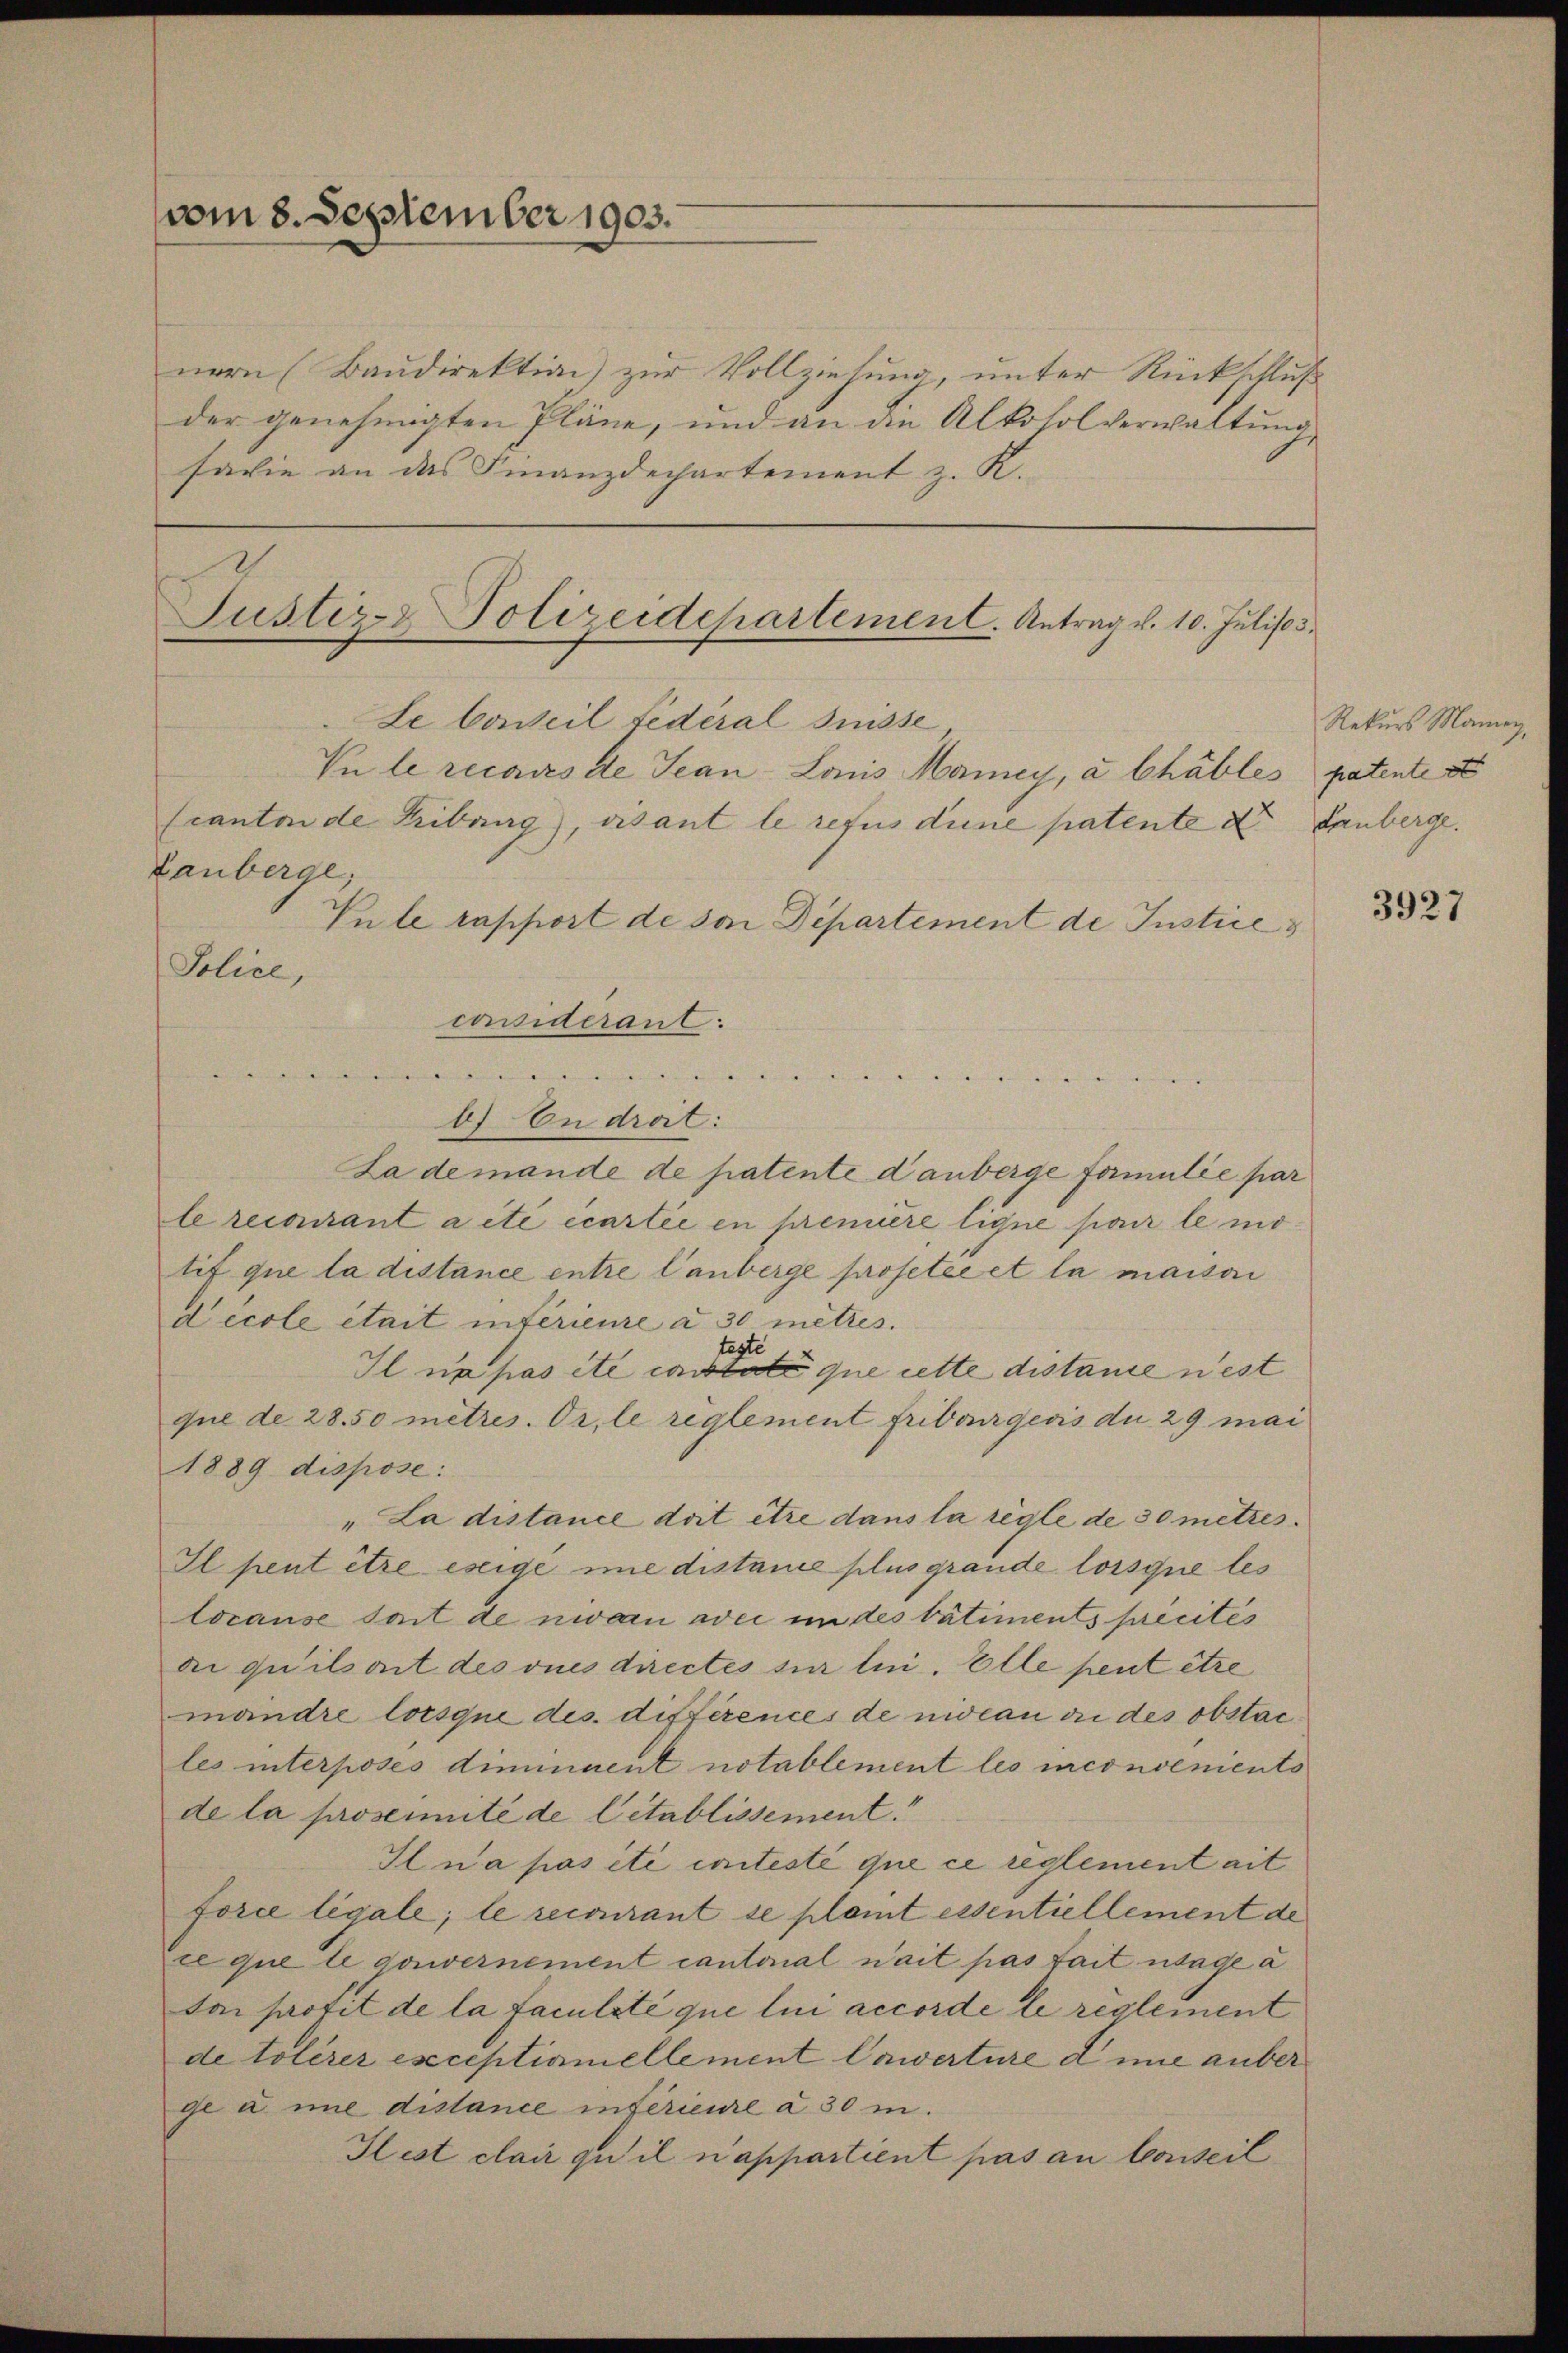
nern (Baudirektion zur Vollziehung, unter Rückschluß
der genehmigten Pläne, und an die Alkoholverwaltung
savie an das Finanzdechartement z. K.

vom 8. September 1903.

Justiz- Polizeidepartement. Antrag v. 10. Julio.
Le Conteil Federal Suisse
Vu le recours de Jean Lois Manney, a Chables patente s

scanton de Kiburg), isant le refus diene patente der Lanberge
Tauberge,
Vule rapport de von Departement de Justices
Police,
cussiderant:
e
b) In droit:
La demande de patente danberge formulie par
le recourant a été écartie en première ligne par le motif que la distance entre lanberge prosetée et la maisoni
Lécole était intérieure à 30 mètres.
teste
Il ne pas été constate que cette distane nest
que de 28.50 mètres. Or, le reglement Fribourgeris du 29 mai
1889 dispose:
"La distance doit être dans la règle de 30 metzes
Il peut être esige mie distance plus grande lorsque les
locause soit de niven avec in des bâtiments précités
di quilsont des vues directes sur lui. Elle peut être
mandre lorsque des différences de nidean in des obstacles interposes diminuent notablement les inconvenients
de la prosente de Citablissement
Il n’a pas été imitesté que ce reglement ait
force légale; le recourant se plamt essentiellement de
ce que le gouvernement cantonal nait pas fait tage a
dai profit de la Faculté que lui accordé le reglement
de tolérer exceptiamellement Cawerture eine aber
ge u. nie distance inférieure à 30 m.
Hest clair qu’il n’appartient pas an Conseil

Rekurs Maney,

3927